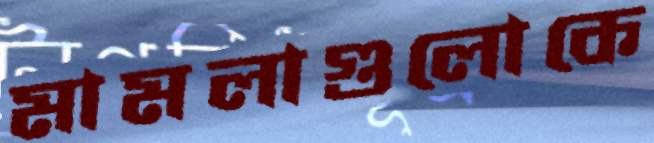
মামলাগুলোকে